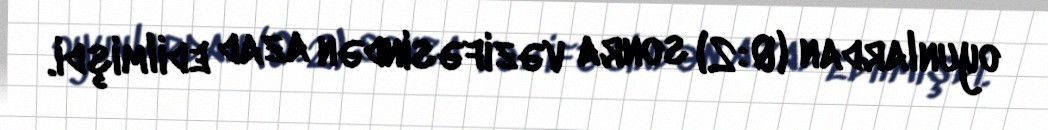
oyunlardan (0:2) sonra vəzifəsindən azad edilmişdi.